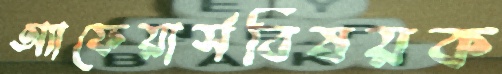
অ্যাফেয়ার্সবিষয়ক